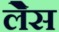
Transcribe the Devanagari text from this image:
लेैस